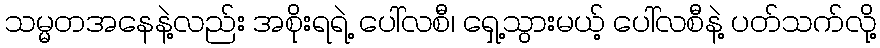
သမ္မတအနေနဲ့လည်း အစိုးရရဲ့ ပေါ်လစီ၊ ရှေ့သွားမယ့် ပေါ်လစီနဲ့ ပတ်သက်လို့